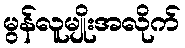
မွန်လူမျိုးအလိုက်